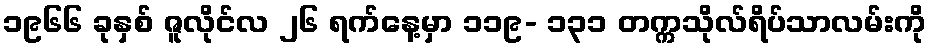
၁၉၆၆ ခုနှစ် ဇူလိုင်လ ၂၆ ရက်နေ့မှာ ၁၁၉- ၁၃၁ တက္ကသိုလ်ရိပ်သာလမ်းကို